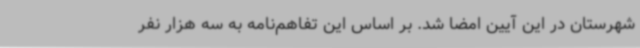
شهرستان در این آیین امضا شد. بر اساس این تفاهم‌نامه به سه هزار نفر